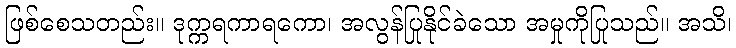
ဖြစ်စေသတည်း။ ဒုက္ကရကာရကော၊ အလွန်ပြုနိုင်ခဲသော အမှုကိုပြုသည်။ အသိ၊